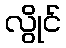
လွိုင်